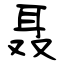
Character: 聂